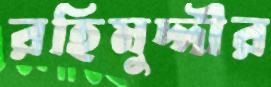
রহিমুদ্দীর